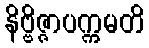
နိဗ္ဗိဇ္ဇာပက္ကမတိ